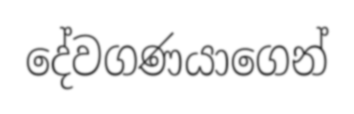
දේවගණයාගෙන්